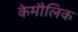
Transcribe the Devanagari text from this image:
केमौलिक